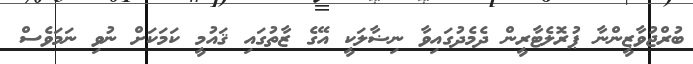
ބުރްޖުވާޒީންނާ ޕުރޮލެޓާރީން ދެމެދުގައިވާ ނިޟާލަކީ އޭގެ ޒާތުގައި ޤައުމީ ކަމަކަށް ނުވި ނަމަވެސް